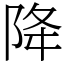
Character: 降